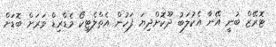
ޓޮރޭޒް ބުނީ އޭނާ އެކުލަބު ދޫކޮށްދިޔަ ފަހުން އެތްލެޓިކޯ މެޑްރިޑް ވަރަށް ބޮޑަށް